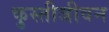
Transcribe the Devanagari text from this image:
कुस्तीजीवन